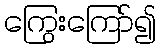
ကြွေးကြော်၍